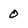
Character: 0